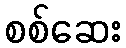
စစ်ဆေး